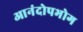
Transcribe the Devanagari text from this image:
आनंदोपभोग